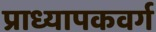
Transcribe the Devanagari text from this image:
प्राध्यापकवर्ग